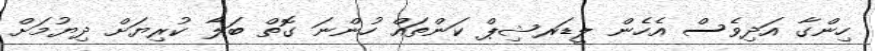
ހިންގާ އަދިވެސް އެހެން ލީޑަރޝިޕް ކަންތައް ހުންނަ ގޮތް ބަލާ ކުރިޔަށް ދިޔުމަށް